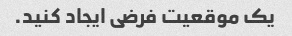
یک موقعیت فرضی ایجاد کنید.